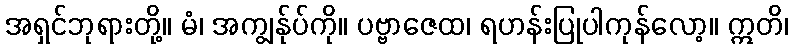
အရှင်ဘုရားတို့။ မံ၊ အကျွန်ုပ်ကို။ ပဗ္ဗာဇေထ၊ ရဟန်းပြုပါကုန်လော့။ ဣတိ၊